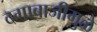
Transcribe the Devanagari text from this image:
दगाबाजीमुळे